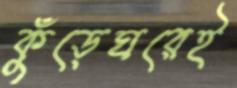
কুঁড়েঘরেই